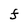
Character: F